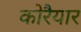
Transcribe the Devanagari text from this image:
कोरैयार